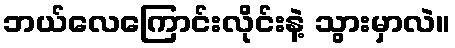
ဘယ်လေကြောင်းလိုင်းနဲ့ သွားမှာလဲ။